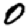
Digit: 0